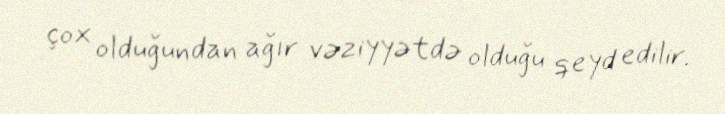
çox olduğundan ağır vəziyyətdə olduğu qeyd edilir.